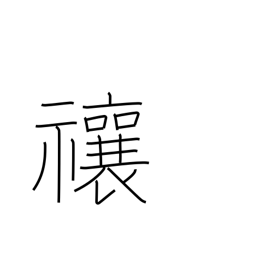
Meaning: drive away